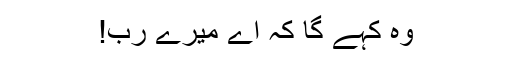
وہ کہے گا کہ اے میرے رب!